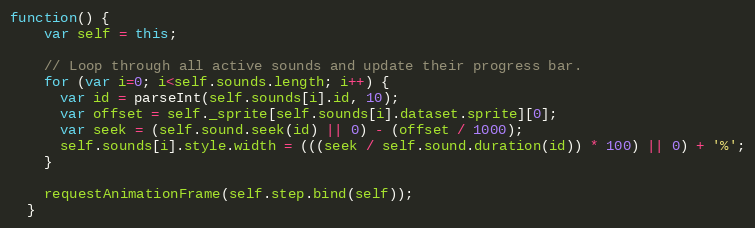
Language: JavaScript
function() {
    var self = this;

    // Loop through all active sounds and update their progress bar.
    for (var i=0; i<self.sounds.length; i++) {
      var id = parseInt(self.sounds[i].id, 10);
      var offset = self._sprite[self.sounds[i].dataset.sprite][0];
      var seek = (self.sound.seek(id) || 0) - (offset / 1000);
      self.sounds[i].style.width = (((seek / self.sound.duration(id)) * 100) || 0) + '%';
    }

    requestAnimationFrame(self.step.bind(self));
  }